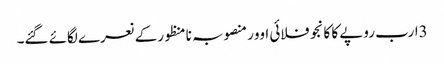
3ارب روپے کا کانجو فلائی اوور منصوبہ نا منظورکے نعرے لگائے گئے۔